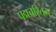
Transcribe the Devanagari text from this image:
पद्मचरितम्